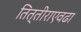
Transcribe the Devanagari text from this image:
तित्तीराएवढा